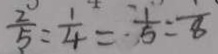
\frac { 2 } { 5 } = \frac { 1 } { 4 } = \frac { 1 } { 5 } = \frac { 1 } { 8 }